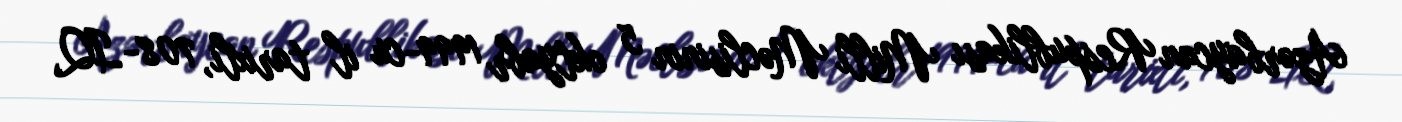
Azərbaycan Respublikası Milli Məclisinin 5 oktyabr 1999-cu il tarixli, 708-IQ